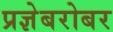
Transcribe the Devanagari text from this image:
प्रज्ञेबरोबर